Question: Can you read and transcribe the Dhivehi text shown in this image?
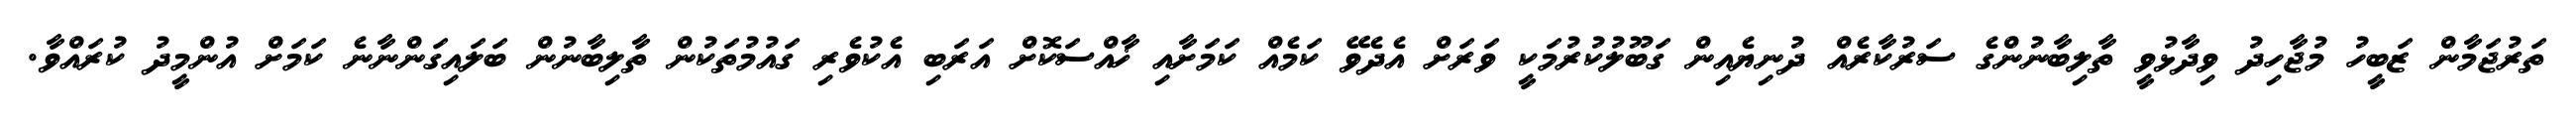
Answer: ތަރުޖަމާން ޒަބީހު މުޖާހިދު ވިދާޅުވީ ތާލިބާނުންގެ ސަރުކާރެއް ދުނިޔެއިން ގަބޫލުކުރުމަކީ ވަރަށް އެދެވޭ ކަމެއް ކަމަށާއި ޚާއްސަކޮށް އަރަބި އެކުވެރި ގައުމުތަކުން ތާލިބާނުން ބަލައިގަންނާނެ ކަމަށް އުންމީދު ކުރައްވާ.